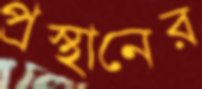
প্রস্থানের